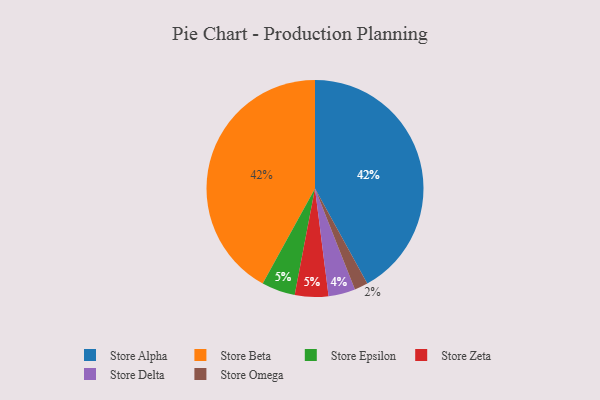
{"axis": {"x": "Category", "y": "Percentage"}, "legend": ["Store Alpha", "Store Beta", "Store Delta", "Store Epsilon", "Store Omega", "Store Zeta"], "data": [{"x": "Store Alpha", "y": 42, "type": "Store Alpha"}, {"x": "Store Omega", "y": 2, "type": "Store Omega"}, {"x": "Store Epsilon", "y": 5, "type": "Store Epsilon"}, {"x": "Store Zeta", "y": 5, "type": "Store Zeta"}, {"x": "Store Beta", "y": 42, "type": "Store Beta"}, {"x": "Store Delta", "y": 4, "type": "Store Delta"}]}